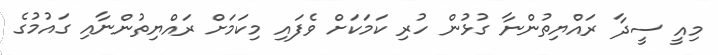
މިއީ ސީދާ ރައްޔިތުންނާ ގުޅުން ހުރި ކަމަކަށް ވެފައި މިކަމަށް ރައްޔިތުންނާއި ގައުމުގެ